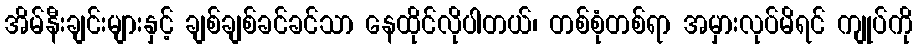
အိမ်နီးချင်းများနှင့် ချစ်ချစ်ခင်ခင်သာ နေထိုင်လိုပါတယ်၊ တစ်စုံတစ်ရာ အမှားလုပ်မိရင် ကျုပ်ကို